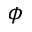
\phi